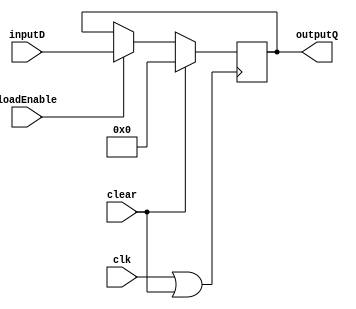
// Module for single register
module register #(parameter BITS = 32)(
	input clk, input clear, input loadEnable, 
	input [BITS-1:0] inputD, 
	output reg [BITS-1:0] outputQ);

// To check whether clock or clear is selected
wire sen;
assign sen = clk || clear;

// At ever positive edge do this
always @ (posedge sen)
	// If clear else put value
	if (clear == 1)
		outputQ <= {BITS{1'b0}};
	else if (loadEnable == 1)
		outputQ <= inputD;
endmodule